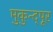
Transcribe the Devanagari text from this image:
मुकुन्द्पूर